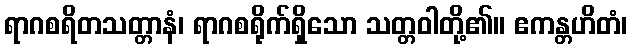
ရာဂစရိတသတ္တာနံ၊ ရာဂစရိုက်ရှိသော သတ္တဝါတို့၏။ ဧကန္တဟိတံ၊